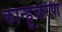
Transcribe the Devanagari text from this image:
कान्हुचरण